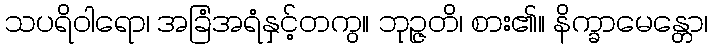
သပရိဝါရော၊ အခြံအရံနှင့်တကွ။ ဘုဉ္ဇတိ၊ စား၏။ နိက္ခာမေန္တော၊